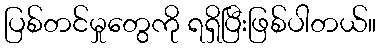
ပြစ်တင်မှုတွေကို ရရှိပြီးဖြစ်ပါတယ်။